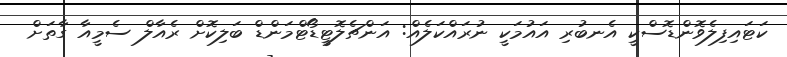
ކަޓައިފިލެވޮންޑޮސްކީ އެނބުރި އައުމަކީ ނުރައްކަލެއް: އަންޗެލޮޓީޑޯޓްމަންޑް ބަލިކޮށް ރެއާލް ސެމީއާ ގާތަށް